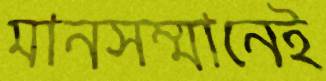
মানসম্মানেই